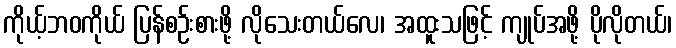
ကိုယ့်ဘဝကိုယ် ပြန်စဉ်းစားဖို့ လိုသေးတယ်လေ၊ အထူးသဖြင့် ကျုပ်အဖို့ ပိုလိုတယ်၊